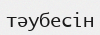
тәубесін